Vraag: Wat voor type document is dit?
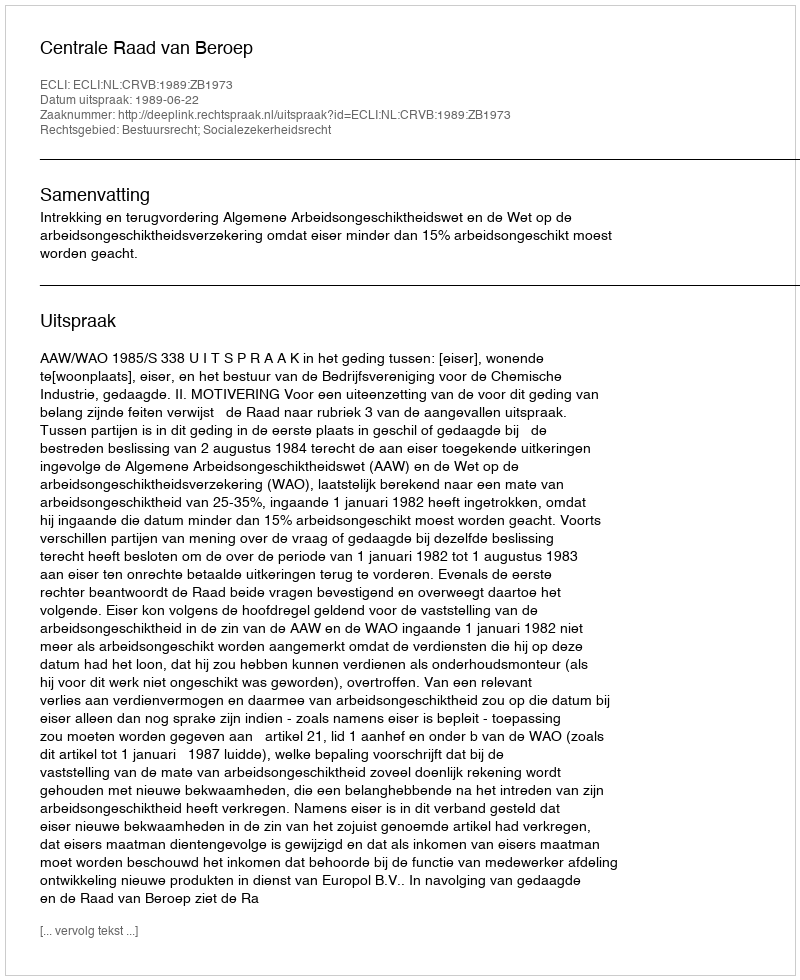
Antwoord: Uitspraak